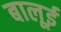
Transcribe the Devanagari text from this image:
बालूई